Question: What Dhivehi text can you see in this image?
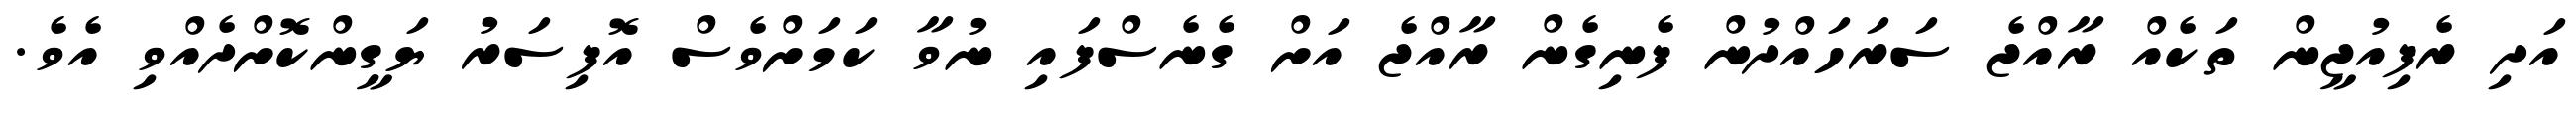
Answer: އަދި ރެފިއުޖީން ތަކެއް ރާއްޖެ ސަރަހައްދުން ފެނިގެން ރާއްޖެ އަށް ގެނެސްފައި ނުވާ ކަމަށްވެސް އޮފިސަރު ޔަގީންކޮށްދެއްވި އެވެ.